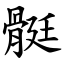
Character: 䯕